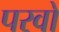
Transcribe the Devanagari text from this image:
परवों